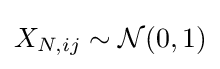
X_{N,ij}\sim {\mathcal {N}}(0,1)